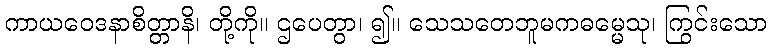
ကာယဝေဒနာစိတ္တာနိ၊ တို့ကို။ ဌပေတွာ၊ ၍။ သေသတေဘူမကဓမ္မေသု၊ ကြွင်းသော